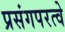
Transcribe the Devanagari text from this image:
प्रसंगपरत्वे